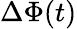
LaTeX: \Delta\Phi(t)